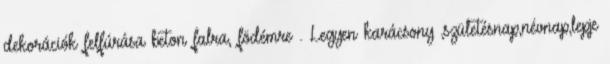
dekorációk felfúrása beton falra, födémre . Legyen karácsony ,születésnap,névnap,lepje